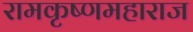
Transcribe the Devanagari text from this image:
रामकृष्णमहाराज